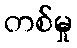
တစ်မှု